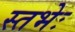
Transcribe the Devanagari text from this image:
स्तभेः